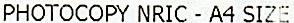
PHOTOCOPY NRIC - A4 SIZE